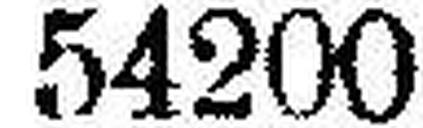
54200